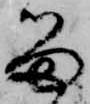
留